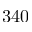
3 4 0